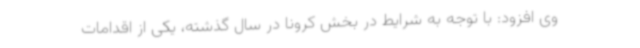
وی افزود: با توجه به شرایط در بخش کرونا در سال گذشته، یکی از اقدامات